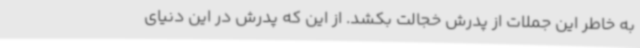
به خاطر این جملات از پدرش خجالت بکشد. از این که پدرش در این دنیای